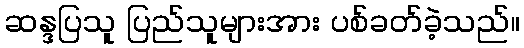
ဆန္ဒပြသူ ပြည်သူများအား ပစ်ခတ်ခဲ့သည်။